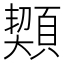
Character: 䫔